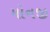
મોનજી